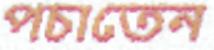
পচাতেন